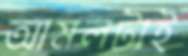
আমলটাই